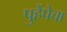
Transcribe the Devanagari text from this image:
पुर्हेपेचा